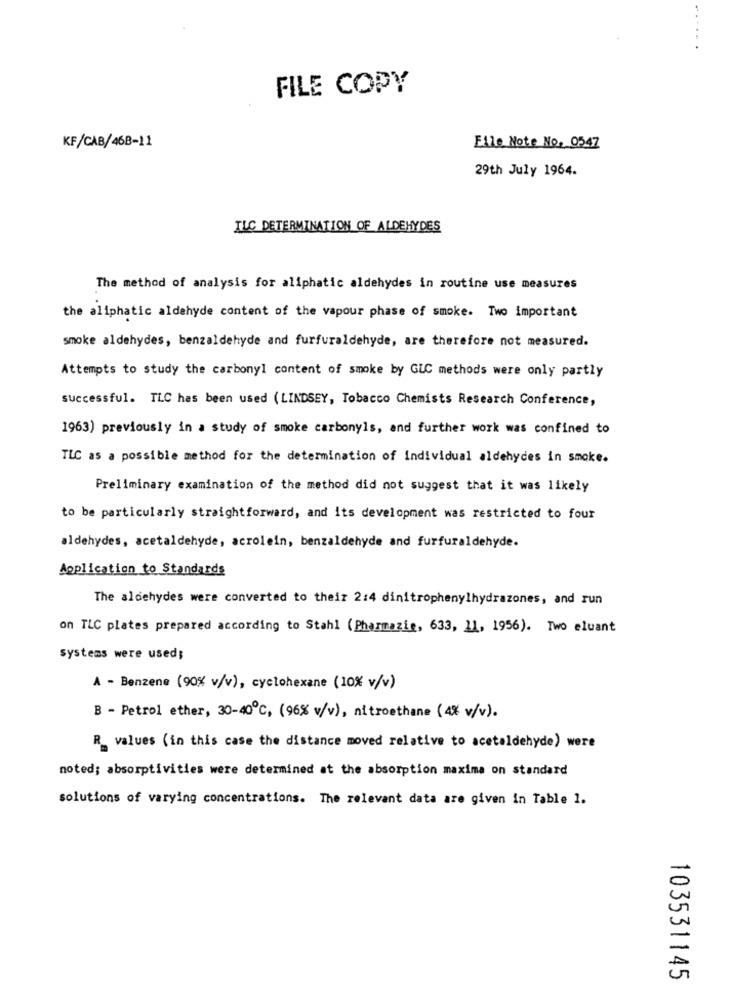
FILE COPY
KF/CAB/468-11
File Note No. 0547
29th July 1964.
ILC DETERMINATION OF ALDEHYDES
The method of analysis for aliphatic aldehydes in routine use measures
the aliphatic aldehyde content of the vapour phase of smoke. Two important
smoke aldehydes, benzaldehyde and furfuraldehyde, are therefore not measured.
Attempts to study the carbonyl content of smoke by GLC methods were only partly
successful. TLC has been used (LINDSEY, Tobacco Chemists Research Conference,
1963) previously in a study of smoke carbonyls, and further work was confined to
TLC as a possible method for the determination of individual aldehydes in smoke.
Preliminary examination of the method did not suggest that it was likely
to be particularly straightforward, and its development was restricted to four
aldehydes, acetaldehyde, acrolein, benzaldehyde and furfuraldehyde.
Application to Standards
The aldehydes were converted to theiz 2:4 dinitrophenylhydrazones, and run
on TLC plates prepared according to Stahl (Pharmazie, 633, 11, 1956). Two eluant
systems were used;
A - Benzene (90% v/v), cyclohexane (10% v/v)
B - Petrol ether, 30-40℃, (96% v/v), nitroethane (4% v/v).
R_ values (in this case the distance moved relative to acetaldehyde) were
noted; absorptivities were determined at the absorption maxima on standard
solutions of varying concentrations. The relevant data are given in Table 1.
103531145